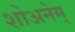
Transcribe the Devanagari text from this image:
शोअनेम्